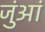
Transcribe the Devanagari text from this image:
जुंआं